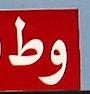
وط